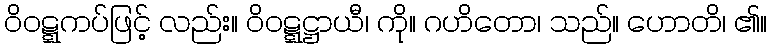
ဝိဝဋ္ဋကပ်ဖြင့် လည်း။ ဝိဝဋ္ဋဋ္ဌာယီ၊ ကို။ ဂဟိတော၊ သည်။ ဟောတိ၊ ၏။